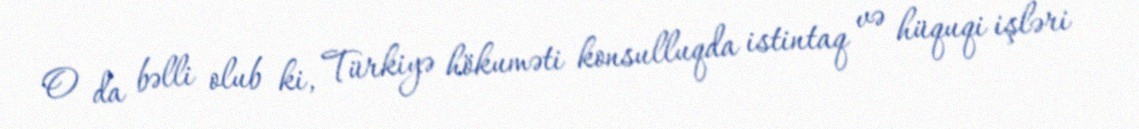
O da bəlli olub ki, Türkiyə hökuməti konsulluqda istintaq və hüquqi işləri